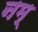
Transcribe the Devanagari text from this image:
नम्‌